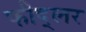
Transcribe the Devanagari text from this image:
फीद्लर